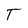
Character: T